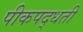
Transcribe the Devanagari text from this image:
पीकपद्धती